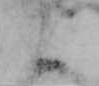
候